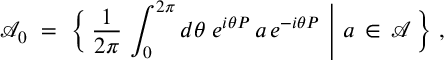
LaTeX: { \mathcal A } _ { 0 } \ = \ \Bigl \{ \, \frac { 1 } { 2 \pi } \, \int _ { 0 } ^ { 2 \pi } d \theta \; e ^ { i \theta P } \, a \, e ^ { - i \theta P } \ \Bigg | \ a \, \in \, { \mathcal A } \, \Bigr \} \ ,